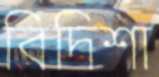
বিদিশা